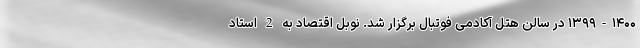
۱۳۹۹-۱۴۰۰ در سالن هتل آکادمی فوتبال برگزار شد. نوبل اقتصاد به 2 استاد